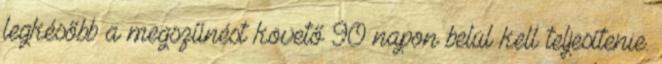
legkésőbb a megszűnést követő 90 napon belül kell teljesítenie.